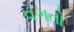
વગતો